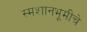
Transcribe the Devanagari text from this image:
स्मशानभूमीचे